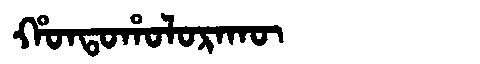
Manchu: ᡥᠣᠨᡨᠣᡥᠣᠯᠣᡵᠠᡴᡡ
Romanization: HONTOHOLORAKŪ